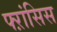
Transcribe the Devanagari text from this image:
फ्ऱांसिस